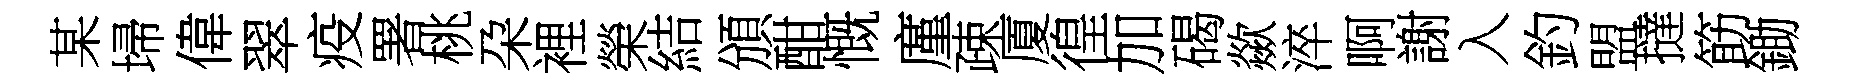
某埽偉翠疫署桃朶裡榮結頒酣慨廑疎厦徨加碣歘淬啊謝入釣盟撻筯鋤